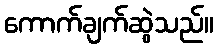
ကောက်ချက်ဆွဲသည်။